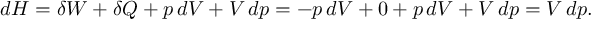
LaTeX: d H = \delta W + \delta Q + p \, d V + V \, d p = - p \, d V + 0 + p \, d V + V \, d p = V \, d p .